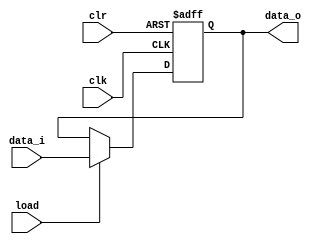
module pipo#(parameter width = 16)
    (
    input clr,
    input clk,
    input load,
    input [width - 1:0] data_i,
    output reg [width - 1:0] data_o
);

always @(posedge clk or posedge clr) 
begin
    if (clr)  begin
            data_o <= {width{1'b0}};
        end
    else if (clk)  begin
            if (load) begin
                data_o <= data_i;
                end
        end
end
endmodule